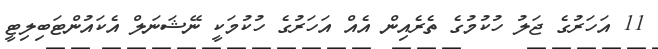
11 އަހަރުގެ ޖަލު ހުކުމުގެ ތެރެއިން އެއް އަހަރުގެ ހުކުމަކީ ނޭޝަނަލް އެކައުންޓަބިލިޓީ